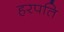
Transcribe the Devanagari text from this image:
हरपति